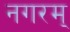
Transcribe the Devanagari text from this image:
नगरम्